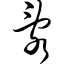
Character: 乱